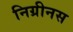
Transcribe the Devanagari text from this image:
निग्रीनस